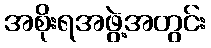
အစိုးရအဖွဲ့အတွင်း